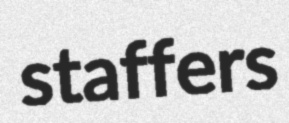
staffers